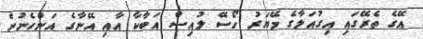
އޭގެ ތެރޭގައި އިގުއަލާގެ މޭޔަރު ހޯސޭ ލުއިސް އަބާކާ އާއި އޭނާގެ އަންހެނުން